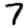
Digit: 7